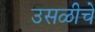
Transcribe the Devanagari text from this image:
उसळीचे